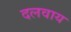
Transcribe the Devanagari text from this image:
दलवाय